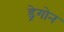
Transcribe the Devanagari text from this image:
ड्रेगोन